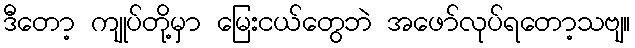
ဒီတော့ ကျုပ်တို့မှာ မြေးငယ်တွေဘဲ အဖော်လုပ်ရတော့သဗျ။